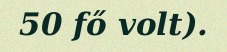
50 fő volt).